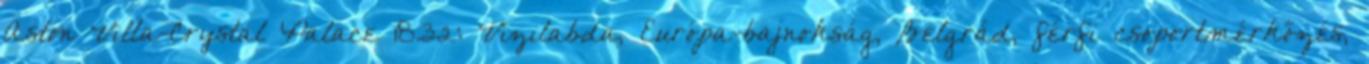
Aston Villa-Crystal Palace 18.32: Vízilabda, Európa-bajnokság, Belgrád, férfi csoportmérkőzés,